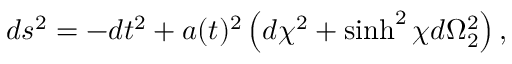
d s ^ { 2 } = - d t ^ { 2 } + a ( t ) ^ { 2 } \left( d \chi ^ { 2 } + \sinh ^ { 2 } \chi d \Omega _ { 2 } ^ { 2 } \right) ,